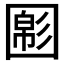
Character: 𡈝